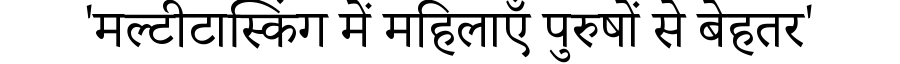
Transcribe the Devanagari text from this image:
'मल्टीटास्किंग में महिलाएँ पुरुषों से बेहतर'